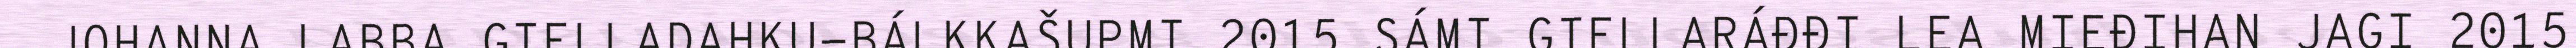
JOHANNA LABBA GIELLADAHKU-BÁLKKAŠUPMI 2015 SÁMI GIELLARÁĐĐI LEA MIEĐIHAN JAGI 2015